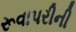
રૂવાપરીની